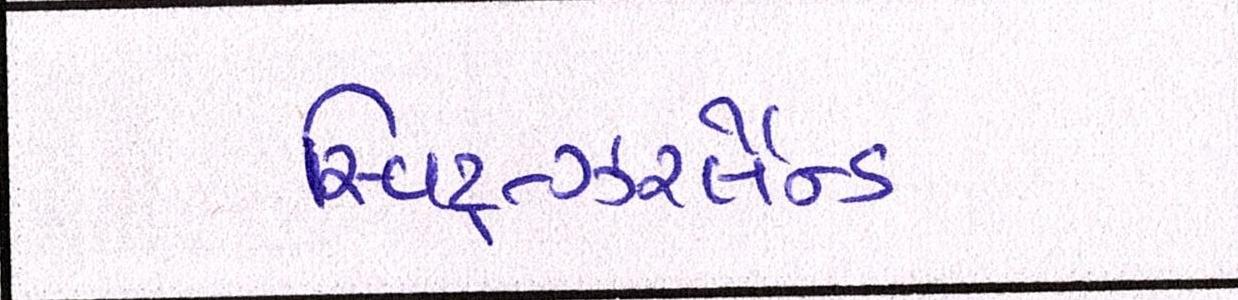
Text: સ્વિટ્ત્ઝર્લેન્ડ